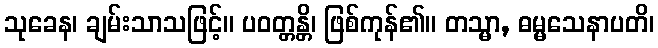
သုခေန၊ ချမ်းသာသဖြင့်။ ပဝတ္တန္တိ၊ ဖြစ်ကုန်၏။ တသ္မာ, ဓမ္မသေနာပတိ၊